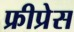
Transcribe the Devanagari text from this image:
फ्रीप्रेस